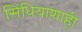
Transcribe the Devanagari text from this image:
सिंधियाशाही